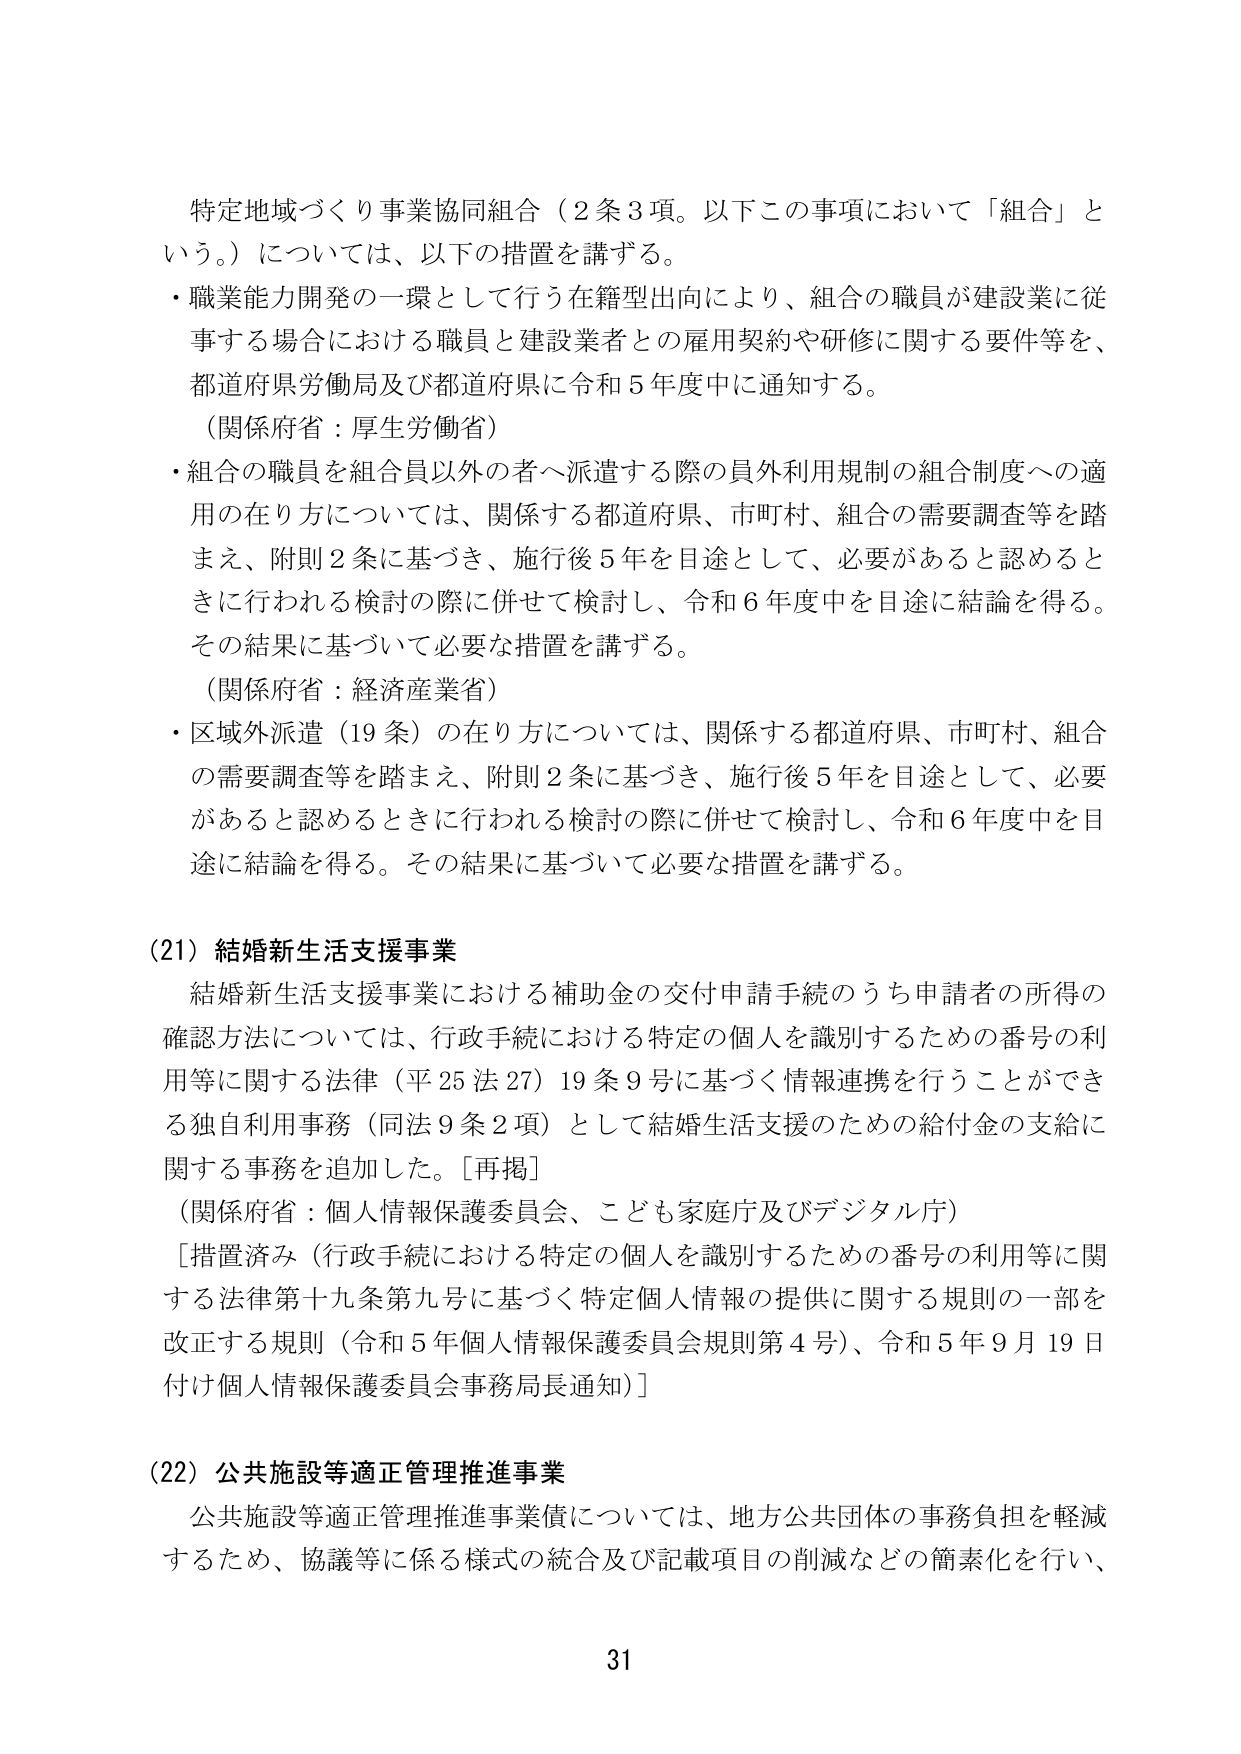
特定地域づくり事業協同組合（2条3項。以下この事項において「組合」という。）については、以下の措置を講ずる。

・職業能力開発の一環として行う在籍型出向により、組合の職員が建設業に従事する場合における職員と建設業者との雇用契約や研修に関する要件等を、都道府県労働局及び都道府県に令和5年度中に通知する。
（関係府省：厚生労働省）

・組合の職員を組合員以外の者へ派遣する際の員外利用規制の組合制度への適用の在り方については、関係する都道府県、市町村、組合の需要調査等を踏まえ、附則2条に基づき、施行後5年を目途として、必要があると認めるときに行われる検討の際に併せて検討し、令和6年度中を目途に結論を得る。その結果に基づいて必要な措置を講ずる。
（関係府省：経済産業省）

・区域外派遣（19条）の在り方については、関係する都道府県、市町村、組合の需要調査等を踏まえ、附則2条に基づき、施行後5年を目途として、必要があると認めるときに行われる検討の際に併せて検討し、令和6年度中を目途に結論を得る。その結果に基づいて必要な措置を講ずる。

(21) 結婚新生活支援事業

結婚新生活支援事業における補助金の交付申請手続のうち申請者の所得の確認方法については、行政手続における特定の個人を識別するための番号の利用等に関する法律（平25法27）19条9号に基づく情報連携を行うことができる独自利用事務（同法9条2項）として結婚生活支援のための給付金の支給に関する事務を追加した。［再掲］
（関係府省：個人情報保護委員会、こども家庭庁及びデジタル庁）

［措置済み（行政手続における特定の個人を識別するための番号の利用等に関する法律第十九条第九号に基づく特定個人情報の提供に関する規則の一部を改正する規則（令和5年個人情報保護委員会規則第4号）、令和5年9月19日付け個人情報保護委員会事務局長通知）］

(22) 公共施設等適正管理推進事業

公共施設等適正管理推進事業債については、地方公共団体の事務負担を軽減するため、協議等に係る様式の統合及び記載項目の削減などの簡素化を行い、

31